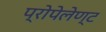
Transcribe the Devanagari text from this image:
प्रोपेलेण्ट